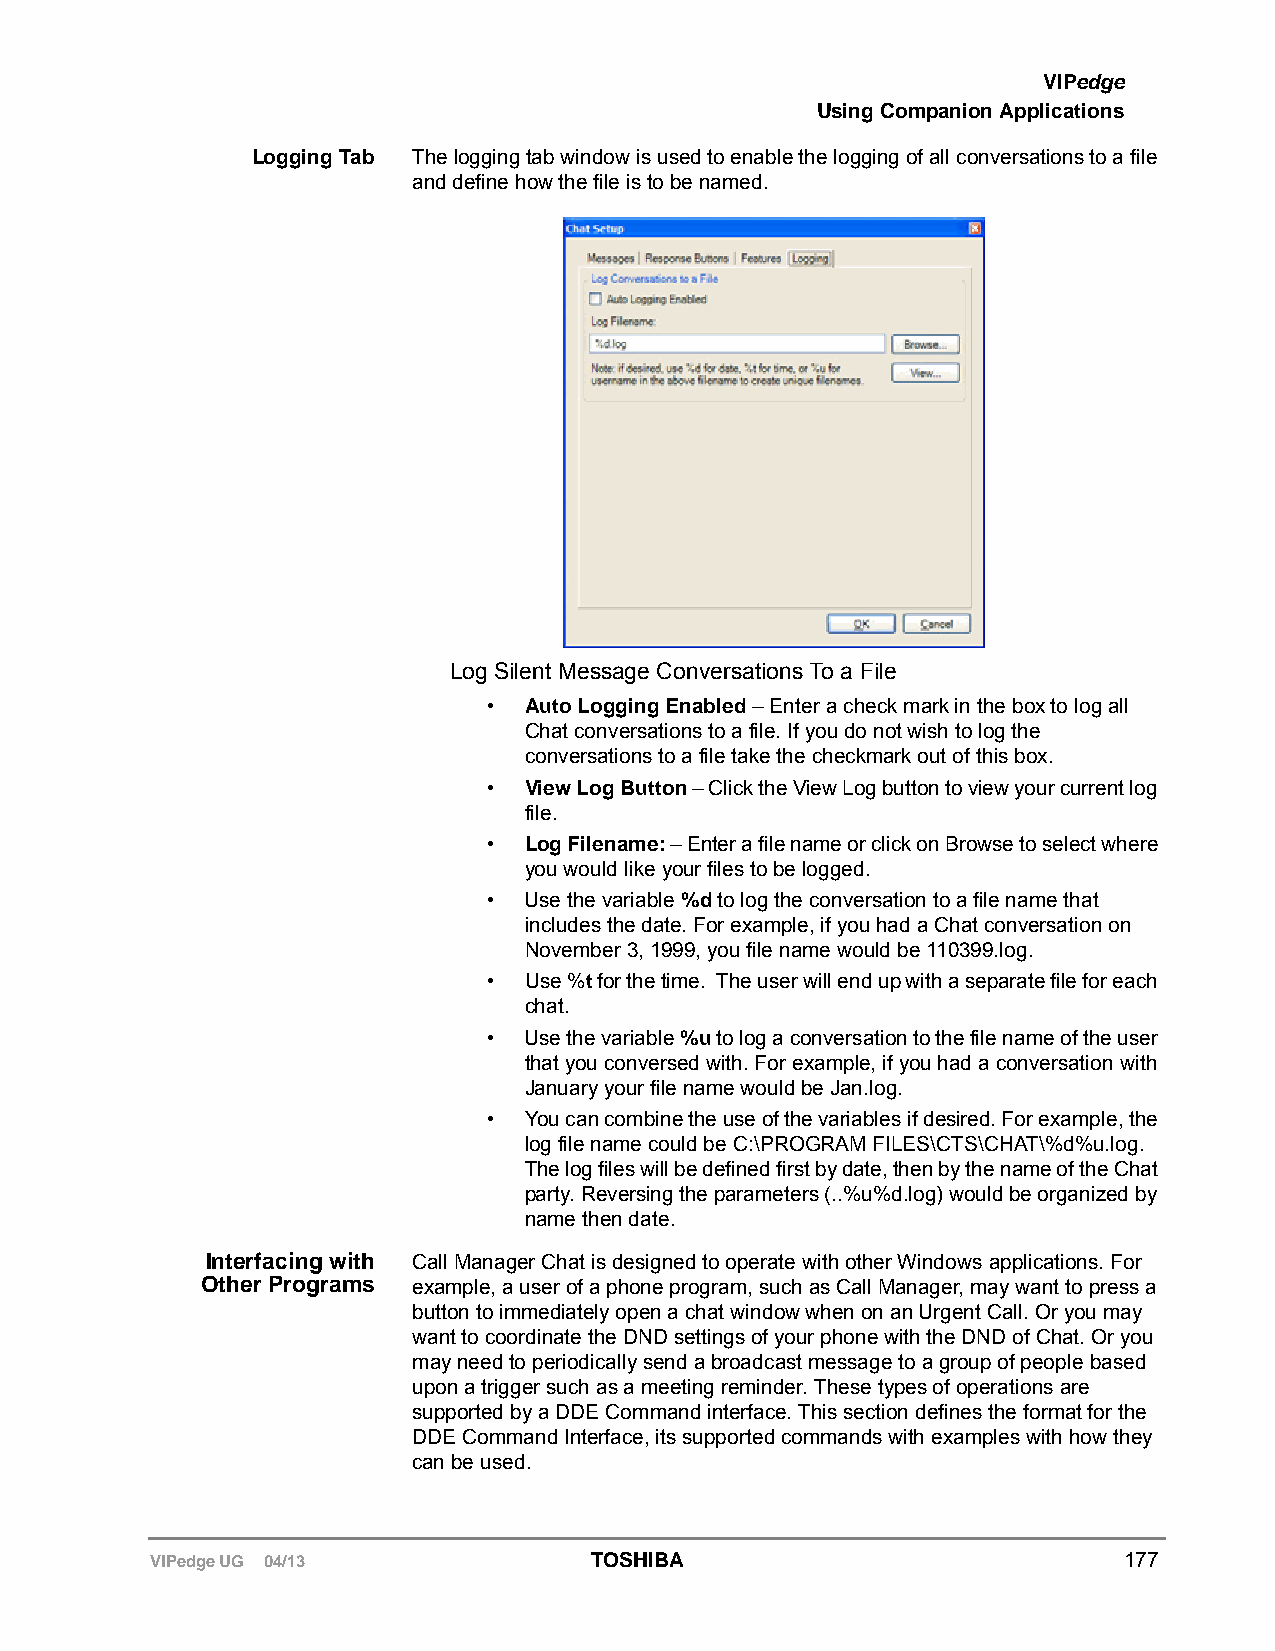
VIPedge
 Using Companion Applications
 Logging Tab The logging tab window is used to enable the logging of all conversations to a file
 and define how the file is to be named.
 Log Silent Message Conversations To a File
 •  Auto Logging Enabled – Enter a check mark in the box to log all
 Chat conversations to a file. If you do not wish to log the
 conversations to a file take the checkmark out of this box.
 •  View Log Button – Click the View Log button to view your current log
 file.
 •  Log Filename: – Enter a file name or click on Browse to select where
 you would like your files to be logged.
 •  Use the variable %d to log the conversation to a file name that
 includes the date. For example, if you had a Chat conversation on
 November 3, 1999, you file name would be 110399.log.
 •  Use %t for the time. The user will end up with a separate file for each
 chat.
 •  Use the variable %u to log a conversation to the file name of the user
 that you conversed with. For example, if you had a conversation with
 January your file name would be Jan.log.
 •  You can combine the use of the variables if desired. For example, the
 log file name could be C:\PROGRAM FILES\CTS\CHAT\%d%u.log.
 The log files will be defined first by date, then by the name of the Chat
 party. Reversing the parameters (..%u%d.log) would be organized by
 name then date.
 Interfacing with Call Manager Chat is designed to operate with other Windows applications. For
 Other Programs example, a user of a phone program, such as Call Manager, may want to press a
 button to immediately open a chat window when on an Urgent Call. Or you may
 want to coordinate the DND settings of your phone with the DND of Chat. Or you
 may need to periodically send a broadcast message to a group of people based
 upon a trigger such as a meeting reminder. These types of operations are
 supported by a DDE Command interface. This section defines the format for the
 DDE Command Interface, its supported commands with examples with how they
 can be used.
 VIPedge UG 04/13             TOSHIBA                            177